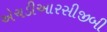
એચડીઆરસીજીબી